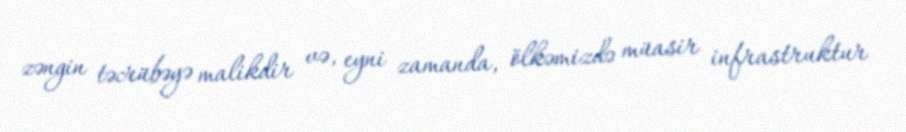
zəngin təcrübəyə malikdir və, eyni zamanda, ölkəmizdə müasir infrastruktur